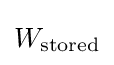
W_{\rm {stored}}